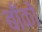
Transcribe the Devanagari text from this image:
बाँकों